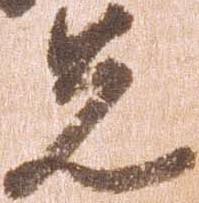
先